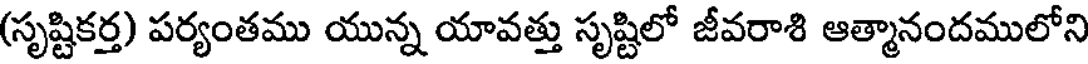
(సృష్టికర్త) పర్యంతము యున్న యావత్తు సృష్టిలో జీవరాశి ఆత్మానందములోని